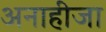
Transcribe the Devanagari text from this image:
अनाहीजा